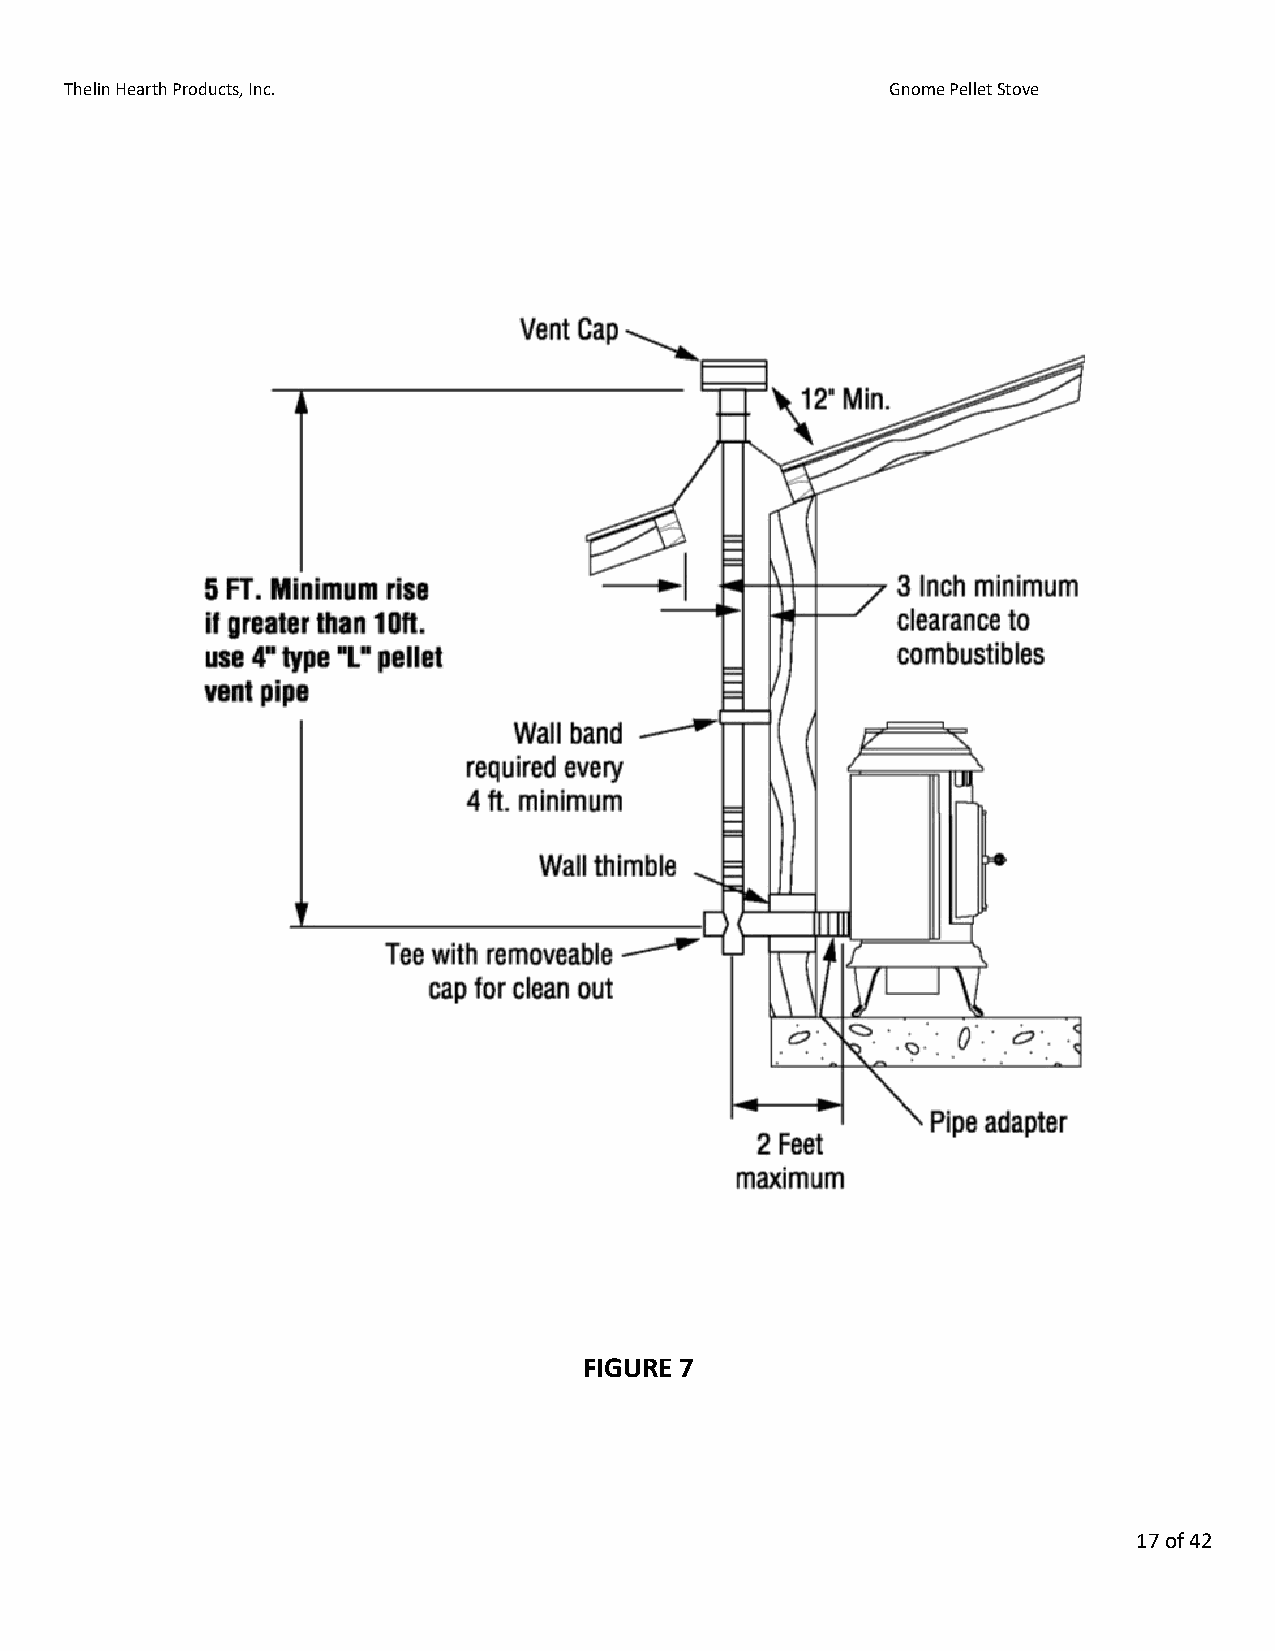
Thelin Hearth Products, Inc.                           Gnome Pellet Stove
 FIGURE 7
 17 of 42